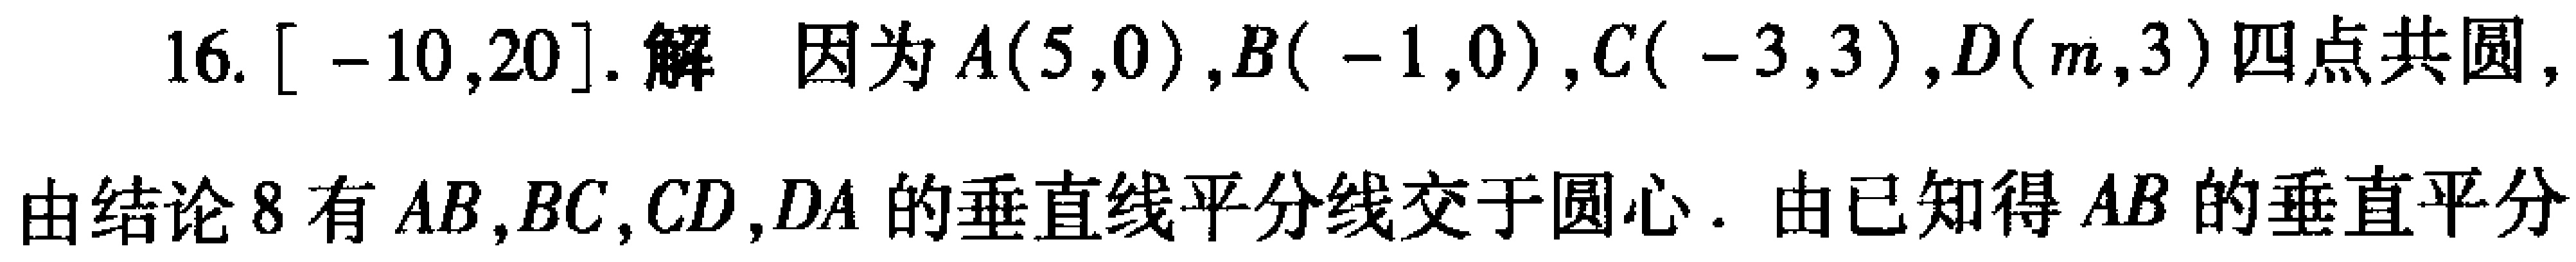
16. $[-10,20]$. 解 因为$A(5,0),B(-1,0),C(-3,3),D(m,3)$四点共圆,
由结论8有$AB,BC,CD,DA$的垂直线平分线交于圆心. 由已知得$AB$的垂直平分